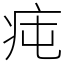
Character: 𤵊